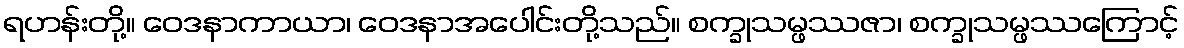
ရဟန်းတို့။ ဝေဒနာကာယာ၊ ဝေဒနာအပေါင်းတို့သည်။ စက္ခုသမ္ဖဿဇာ၊ စက္ခုသမ္ဖဿကြောင့်